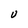
Character: U